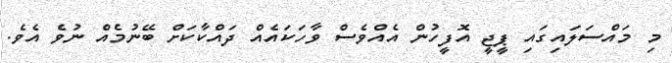
މި މައްސަލައިގައި ޕީޖީ އޮފީހުން އެއްވެސް ވާހަކައެއް ދައްކާކަށް ބޭނުމެއް ނުވެ އެވެ.